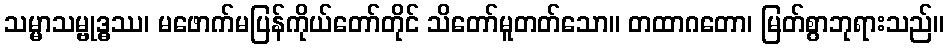
သမ္မာသမ္ဗုဒ္ဓဿ၊ မဖောက်မပြန်ကိုယ်တော်တိုင် သိတော်မူတတ်သော။ တထာဂတော၊ မြတ်စွာဘုရားသည်။